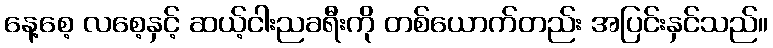
နေ့စေ့ လစေ့နှင့် ဆယ့်ငါးညခရီးကို တစ်ယောက်တည်း အပြင်းနှင်သည်။